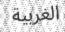
الغربية